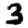
Digit: 3